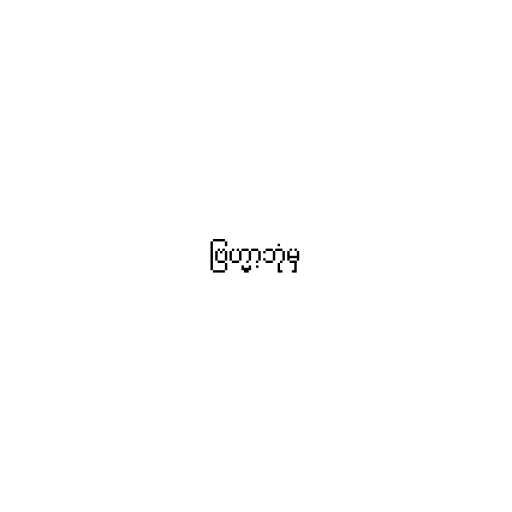
ဗြဟ္မာ့ဘုံမှ